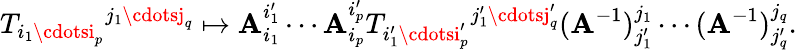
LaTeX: {T_{i_{1}\cdotsi_{p}}}^{j_{1}\cdotsj_{q}}\mapsto\mathbf{A}_{i_{1}}^{i_{1}^{\prime}}\cdots\mathbf{A}_{i_{p}}^{i_{p}^{\prime}}{T_{i_{1}^{\prime}\cdotsi_{p}^{\prime}}}^{j_{1}^{\prime}\cdotsj_{q}^{\prime}}(\mathbf{A}^{-1})_{j_{1}^{\prime}}^{j_{1}}\cdots(\mathbf{A}^{-1})_{j_{q}^{\prime}}^{j_{q}}.